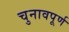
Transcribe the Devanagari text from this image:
चुनावपूर्ण